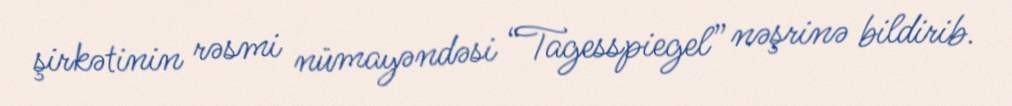
şirkətinin rəsmi nümayəndəsi “Tagesspiegel” nəşrinə bildirib.